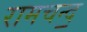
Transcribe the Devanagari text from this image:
रामचन्द॒